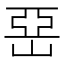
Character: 𡹅